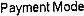
PAYMENT MODE